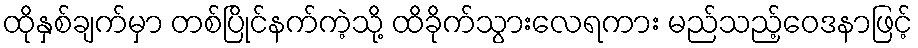
ထိုနှစ်ချက်မှာ တစ်ပြိုင်နက်ကဲ့သို့ ထိခိုက်သွားလေရကား မည်သည့်ဝေဒနာဖြင့်